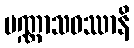
ပဏ္ဏာသဝဿာနိ